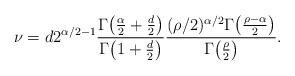
LaTeX: \begin{align*}\nu = d2^{\alpha/2-1}\frac{\Gamma\bigl(\frac{\alpha}{2} + \frac{d}{2}\bigr)}{\Gamma\bigl(1+\frac{d}{2}\bigr)}\frac{(\rho/2)^{\alpha/2}\Gamma\bigl(\frac{\rho-\alpha}{2}\bigr)}{\Gamma\bigl(\frac{\rho}{2}\bigr)}.\end{align*}